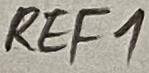
Text: REF1